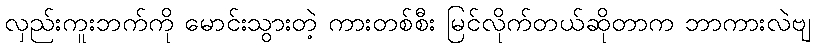
လှည်းကူးဘက်ကို မောင်းသွားတဲ့ ကားတစ်စီး မြင်လိုက်တယ်ဆိုတာက ဘာကားလဲဗျ